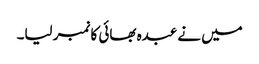
میں نے عبدہ بھائی کا نمبر لیا۔